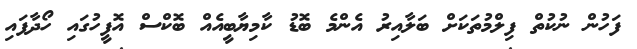
ފަހުން ނުކުތް ފިލްމުތަކަށް ބަލާއިރު އެންމެ ބޮޑު ކާމިޔާބީއެއް ބޮކްސް އޮފީހުގައި ހޯދާފައި